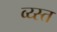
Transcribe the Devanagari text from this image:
व्य्स्त